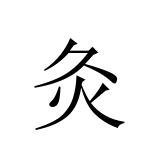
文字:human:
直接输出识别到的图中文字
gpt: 灸